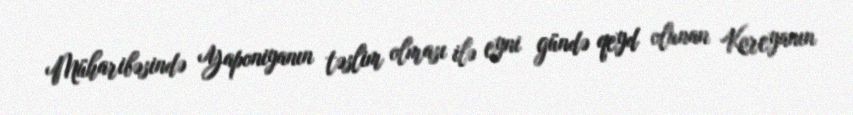
Müharibəsində Yaponiyanın təslim olması ilə eyni gündə qeyd olunan Koreyanın